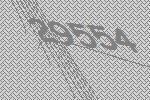
29554